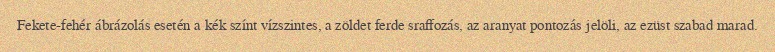
Fekete-fehér ábrázolás esetén a kék színt vízszintes, a zöldet ferde sraffozás, az aranyat pontozás jelöli, az ezüst szabad marad.